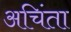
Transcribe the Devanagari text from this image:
अचिंता